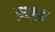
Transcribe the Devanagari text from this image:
प्रन्द्रह